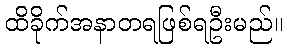
ထိခိုက်အနာတရဖြစ်ရဦးမည်။